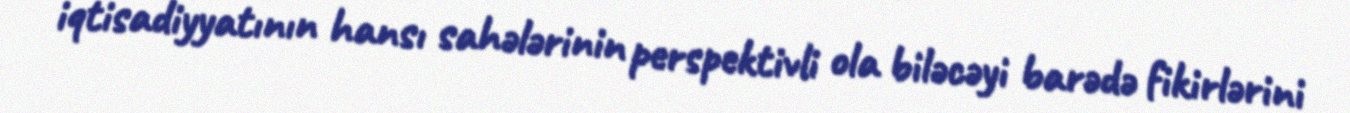
iqtisadiyyatının hansı sahələrinin perspektivli ola biləcəyi barədə fikirlərini